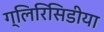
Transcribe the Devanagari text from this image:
ग्लिरिसिडीया